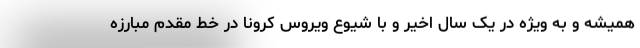
همیشه و به ویژه در یک سال اخیر و با شیوع ویروس کرونا در خط مقدم مبارزه